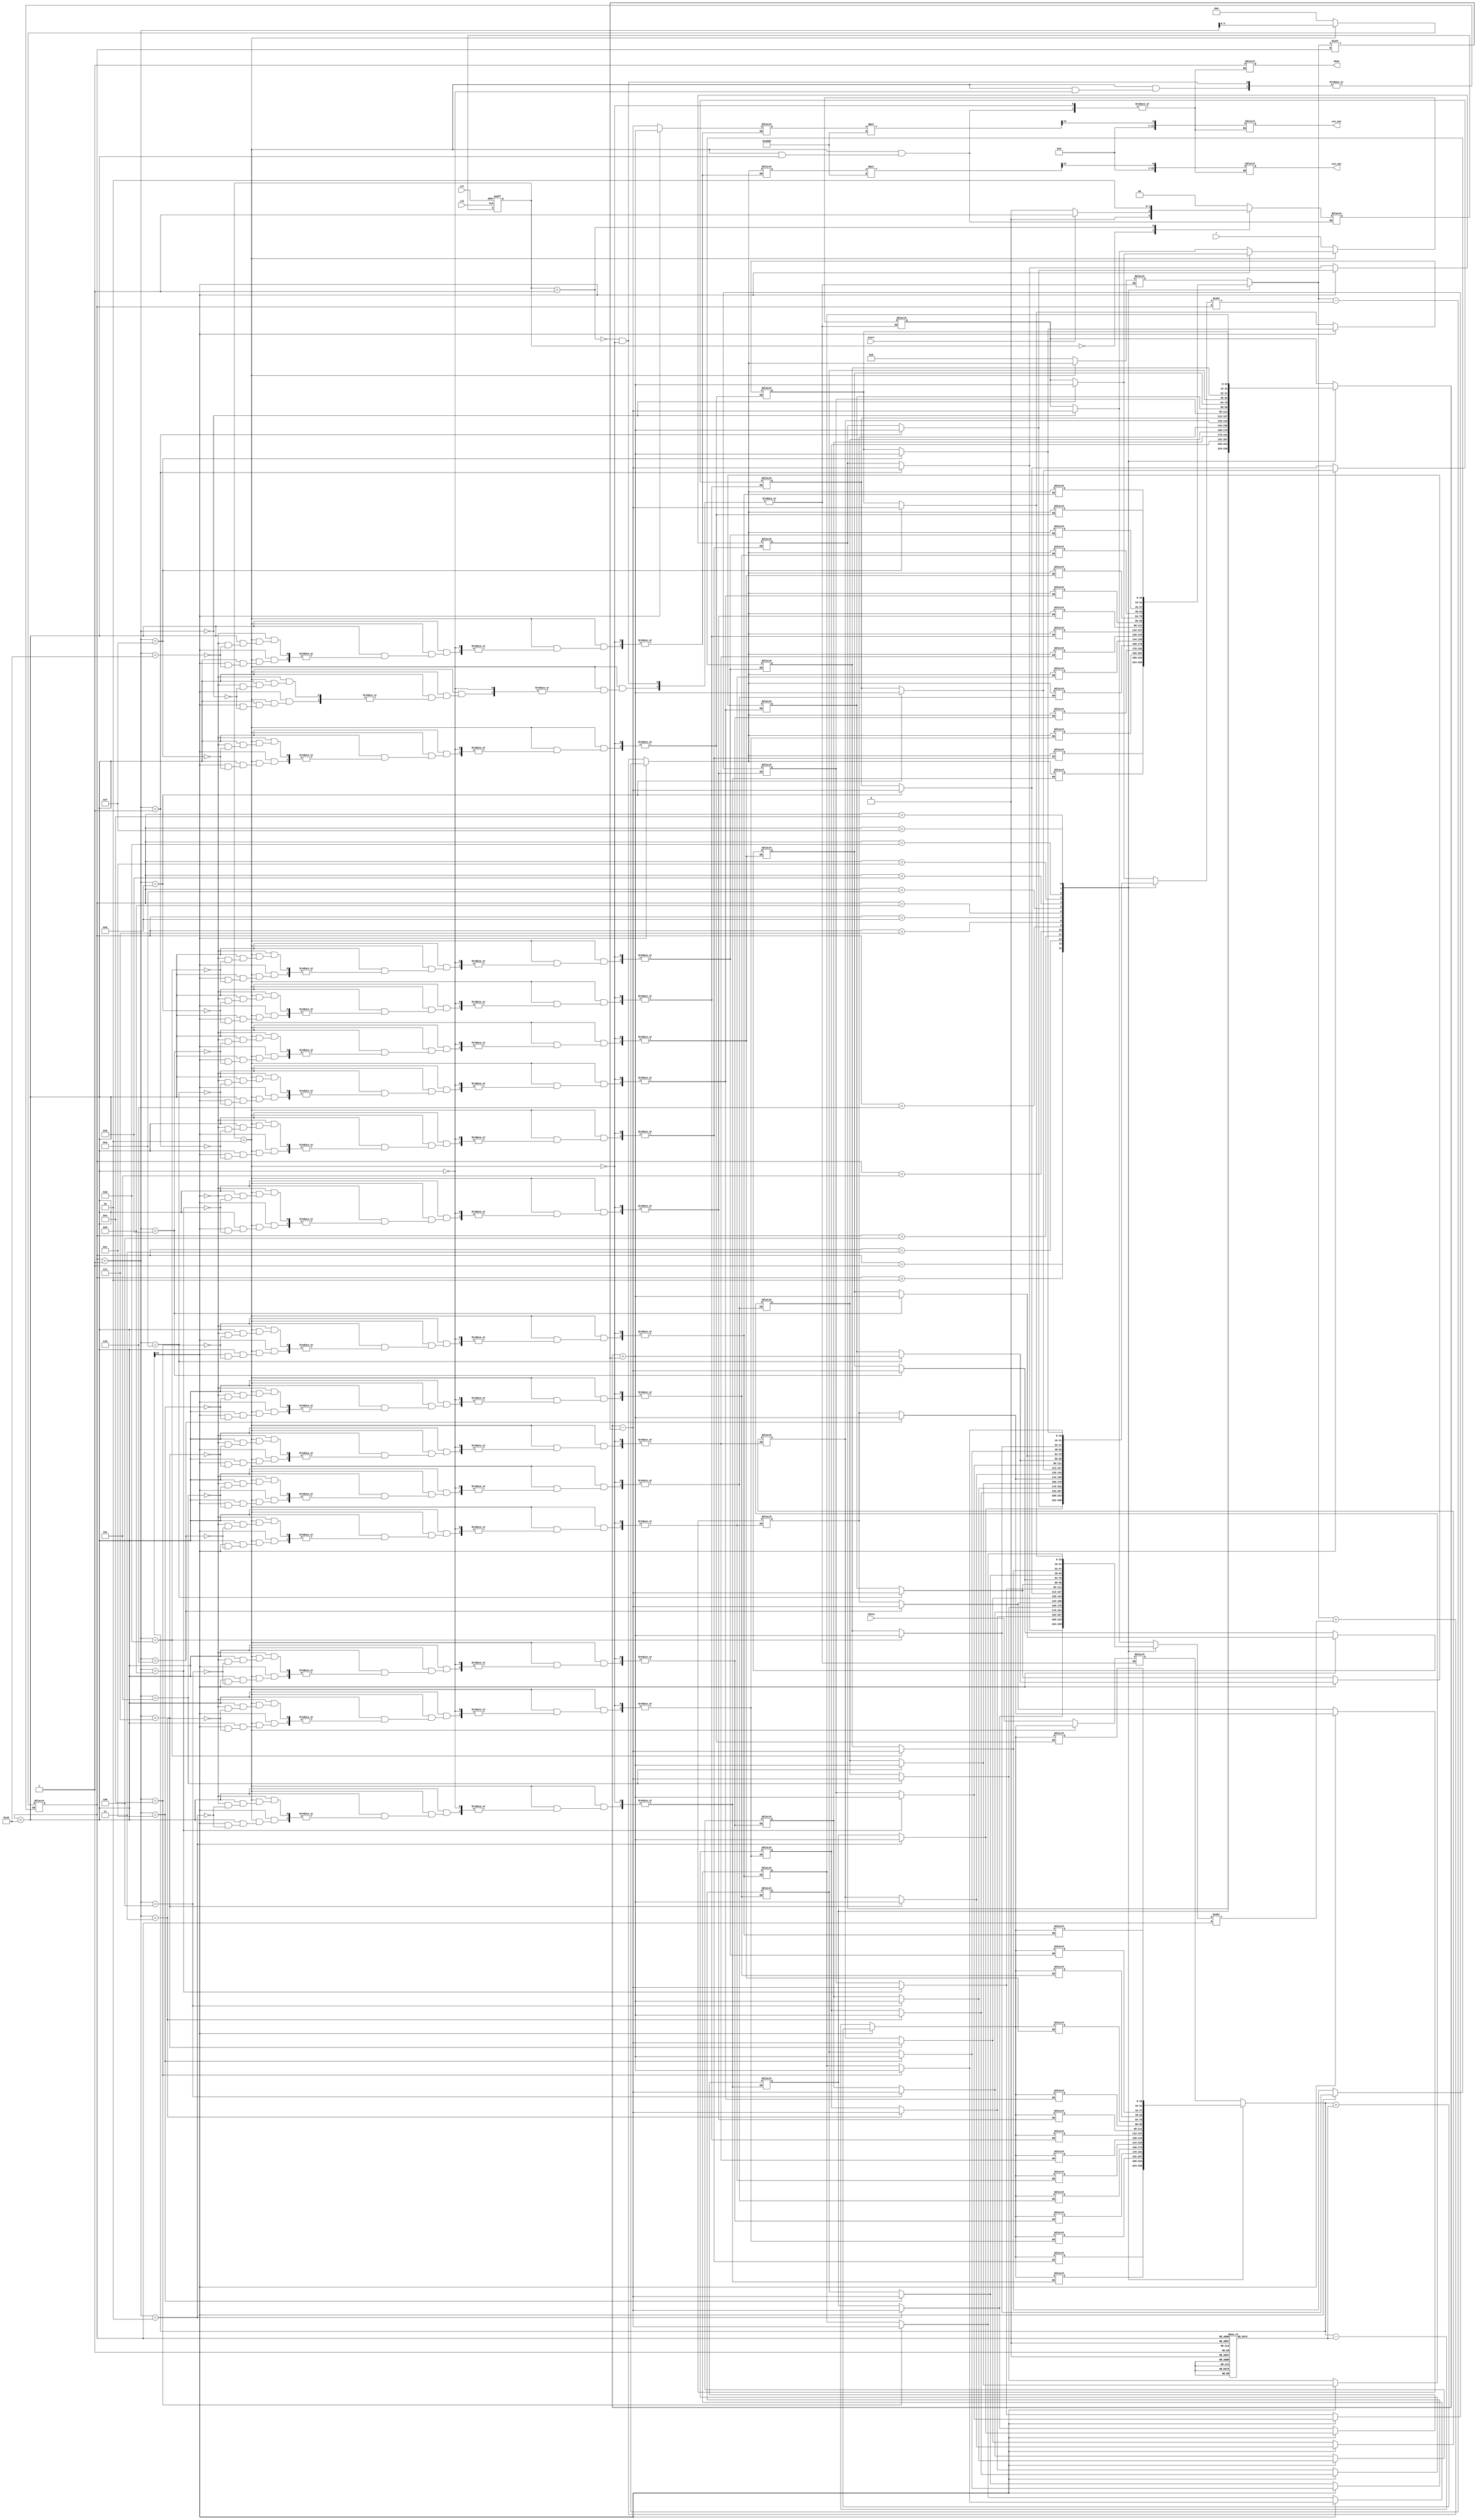
module cordic(
    input clk,
    input rst,
    input start,
    input [15:0] theta, // Angle input in fixed-point format (16 bits)
    input [15:0] r,     // Magnitude input (fixed-point format)
    output reg [15:0] cos_out,  // Cosine output
    output reg [15:0] sin_out,   // Sine output
    output reg done
);

    parameter NUM_ITERATIONS = 16; // Number of iterations
    parameter K = 16'h26DD;         // Scaling factor (K) approx. 0.607252935

    reg [15:0] x [0:NUM_ITERATIONS]; // x registers
    reg [15:0] y [0:NUM_ITERATIONS]; // y registers
    reg [15:0] z [0:NUM_ITERATIONS]; // Angle registers
    reg [3:0] i;                     // Iteration counter
    reg [1:0] state;                 // State machine
    reg [1:0] next_state;

    // Fixed-point representation of arctan(2^-i)
    reg [15:0] atan_table [0:NUM_ITERATIONS-1];
    initial begin
        // Populate arctan_table with fixed-point values
        atan_table[0] = 16'h3243; // atan(1)
        atan_table[1] = 16'h1DAC; // atan(0.5)
        atan_table[2] = 16'h0FAD; // atan(0.25)
        atan_table[3] = 16'h07A1; // atan(0.125)
        // ... Fill in the rest of the table
        // Note: Ensure atan_table values are computed properly for your use case
    end

    // State machine
    always @(posedge clk or posedge rst) begin
        if (rst) begin
            state <= 2'b00; // IDLE state
        end else begin
            state <= next_state;
        end
    end

    always @(state or start or done) begin
        case (state)
            2'b00: begin // IDLE state
                if (start) begin
                    next_state = 2'b01; // Move to INIT
                end else begin
                    next_state = 2'b00; // Stay in IDLE
                end
            end
            
            2'b01: begin // INIT state
                x[0] = r; // Initial x value
                y[0] = 16'h0000; // Initial y value (0)
                z[0] = theta; // Initial angle
                i = 0; // Reset iteration counter
                next_state = 2'b10; // Move to ITERATE
            end
            
            2'b10: begin // ITERATE state
                if (i < NUM_ITERATIONS) begin
                    // Implement CORDIC rotation
                    if (z[i][15] == 1'b1) begin // z is negative
                        x[i+1] = x[i] + (y[i] >>> i);
                        y[i+1] = y[i] - (x[i] >>> i);
                        z[i+1] = z[i] + atan_table[i];
                    end else begin // z is positive or zero
                        x[i+1] = x[i] - (y[i] >>> i);
                        y[i+1] = y[i] + (x[i] >>> i);
                        z[i+1] = z[i] - atan_table[i];
                    end
                    i = i + 1; // Increment iteration counter
                end else begin
                    // Final scaling
                    cos_out = x[NUM_ITERATIONS] * K >> 15; // Rescale the final x
                    sin_out = y[NUM_ITERATIONS] * K >> 15; // Rescale the final y
                    done = 1'b1; // Signal completion
                    next_state = 2'b00; // Go back to IDLE
                end
            end
            
            default: next_state = 2'b00; // Default to IDLE
        endcase
    end

endmodule